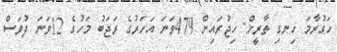
ހަގުރާމަ ހިނގި ތާރީޚް: ހިޖުރައިން 479ވަނަ އަހަރުގެ ރަޖަބު މަހުގެ 12ވަނަ ދުވަސް